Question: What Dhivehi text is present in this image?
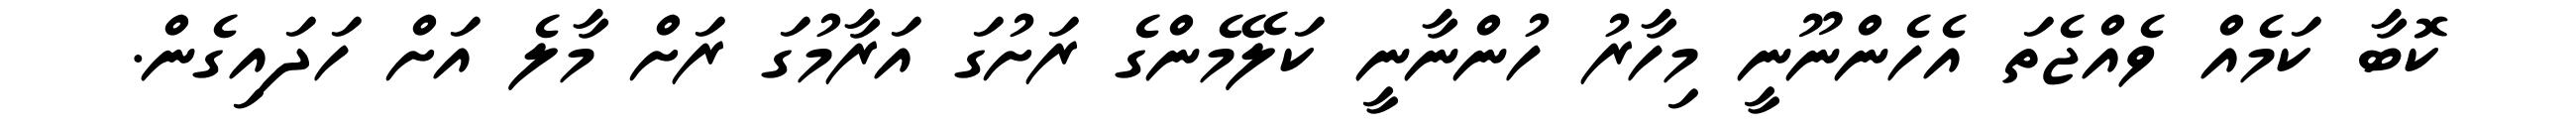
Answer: ކޮބާ ކަމެއް ވެއްޖެތަ އެހެންނޫނީ މިހާރު ހުންނާނީ ކަލޭމެންގެ ރަށުގަ އަރާމުގަ ރަށް މާލެ އަށް ހަދައިގެން.